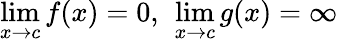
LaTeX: \operatorname*{lim}_{x\to c}f(x)=0,\ \operatorname*{lim}_{x\to c}g(x)=\infty